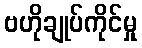
ဗဟိုချုပ်ကိုင်မှု